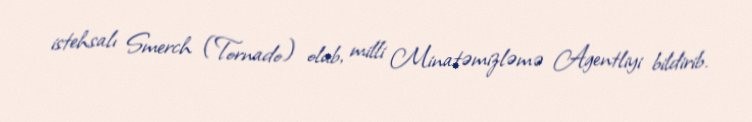
istehsalı Smerch (Tornado) olub, milli Minatəmizləmə Agentliyi bildirib.